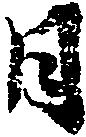
日